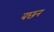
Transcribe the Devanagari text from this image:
वछन